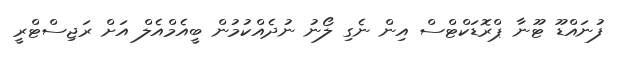
ފުނައްޑޫ ޓޫނާ ޕްރޮޑަކްޓްސް އިން ނެގި ލޯނު ނުދެއްކުމުން ބީއެމްއެލް އަށް ރަޖިސްޓްރީ